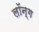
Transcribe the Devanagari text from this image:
लॉन्‍ग